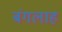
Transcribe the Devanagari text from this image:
बंगलाह